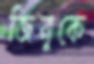
জিনুকে